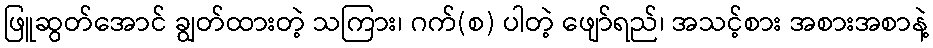
ဖြူဆွတ်အောင် ချွတ်ထားတဲ့ သကြား၊ ဂက်(စ) ပါတဲ့ ဖျော်ရည်၊ အသင့်စား အစားအစာနဲ့